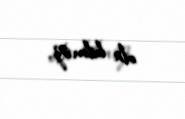
ola bilməz.